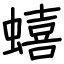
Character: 蟢